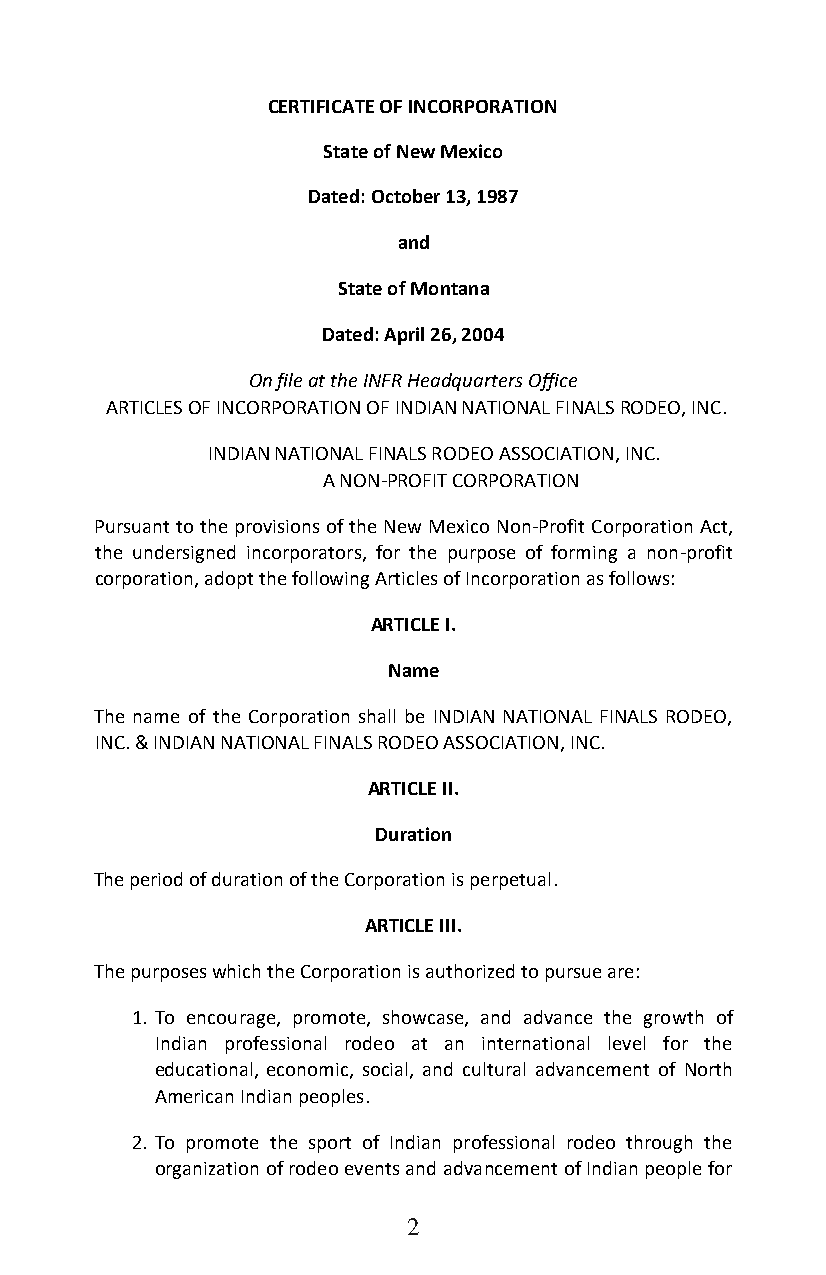
CERTIFICATE OF INCORPORATION
 State of New Mexico
 Dated: October 13, 1987
 and
 State of Montana
 Dated: April 26, 2004
 On file at the INFR Headquarters Office
 ARTICLES OF INCORPORATION OF INDIAN NATIONAL FINALS RODEO, INC.
 INDIAN NATIONAL FINALS RODEO ASSOCIATION, INC.
 A NON-PROFIT CORPORATION
 Pursuant to the provisions of the New Mexico Non-Profit Corporation Act,
 the undersigned incorporators, for the purpose of forming a non-profit
 corporation, adopt the following Articles of Incorporation as follows:
 ARTICLE I.
 Name
 The name of the Corporation shall be INDIAN NATIONAL FINALS RODEO,
 INC. & INDIAN NATIONAL FINALS RODEO ASSOCIATION, INC.
 ARTICLE II.
 Duration
 The period of duration of the Corporation is perpetual.
 ARTICLE III.
 The purposes which the Corporation is authorized to pursue are:
 1. To encourage, promote, showcase, and advance the growth of
 Indian professional rodeo at an international level for the
 educational, economic, social, and cultural advancement of North
 American Indian peoples.
 2. To promote the sport of Indian professional rodeo through the
 organization of rodeo events and advancement of Indian people for
 2